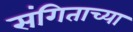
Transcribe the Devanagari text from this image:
संगिताच्या